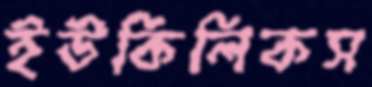
ইউকিলিকস